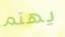
يهتم